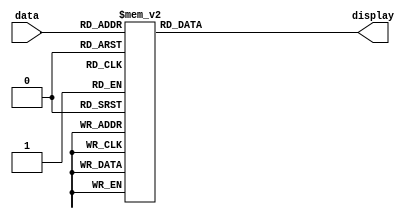
/*
# Seven-Segment Display Decoder #

Decodes a single 4-bit word into the LED set to display it on a seven-segment 
display. The display format is below:

```
 --6--
|     |
1     5
|     |
 --0--
|     |
2     4
|     |
 --3--
```

*/

module SevenSegment (
    input wire [3:0] data,
    output reg [6:0] display
);

always @(data) begin
    case (data)
        4'h0    : display <= 7'b1111110;
        4'h1    : display <= 7'b0110000;
        4'h2    : display <= 7'b1101101;
        4'h3    : display <= 7'b1111001;
        4'h4    : display <= 7'b0110011;
        4'h5    : display <= 7'b1011011;
        4'h6    : display <= 7'b1011111;
        4'h7    : display <= 7'b1110000;
        4'h8    : display <= 7'b1111111;
        4'h9    : display <= 7'b1111011;
        4'hA    : display <= 7'b1110111;
        4'hB    : display <= 7'b0011111;
        4'hC    : display <= 7'b1001110;
        4'hD    : display <= 7'b0111101;
        4'hE    : display <= 7'b1001111;
        4'hF    : display <= 7'b1000111;
        default : display <= 7'b1111110;
    endcase
end

endmodule